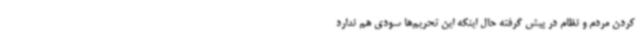
کردن مردم و نظام در پیش گرفته حال اینکه این تحریم‌ها سودی هم ندارد